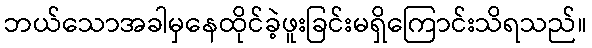
ဘယ်သောအခါမှနေထိုင်ခဲ့ဖူးခြင်းမရှိကြောင်းသိရသည်။